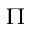
\Pi